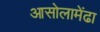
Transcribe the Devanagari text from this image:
आसोलामेंढा